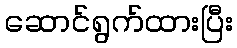
ဆောင်ရွက်ထားပြီး